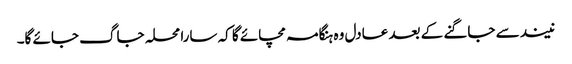
نیند سے جاگنے کے بعد عادل وہ ہنگامہ مچائے گا کہ سارا محلہ جاگ جائے گا۔